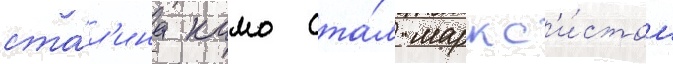
ста́л'ина камо ста́л маркс'и́стом